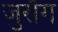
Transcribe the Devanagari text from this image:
जुराँग